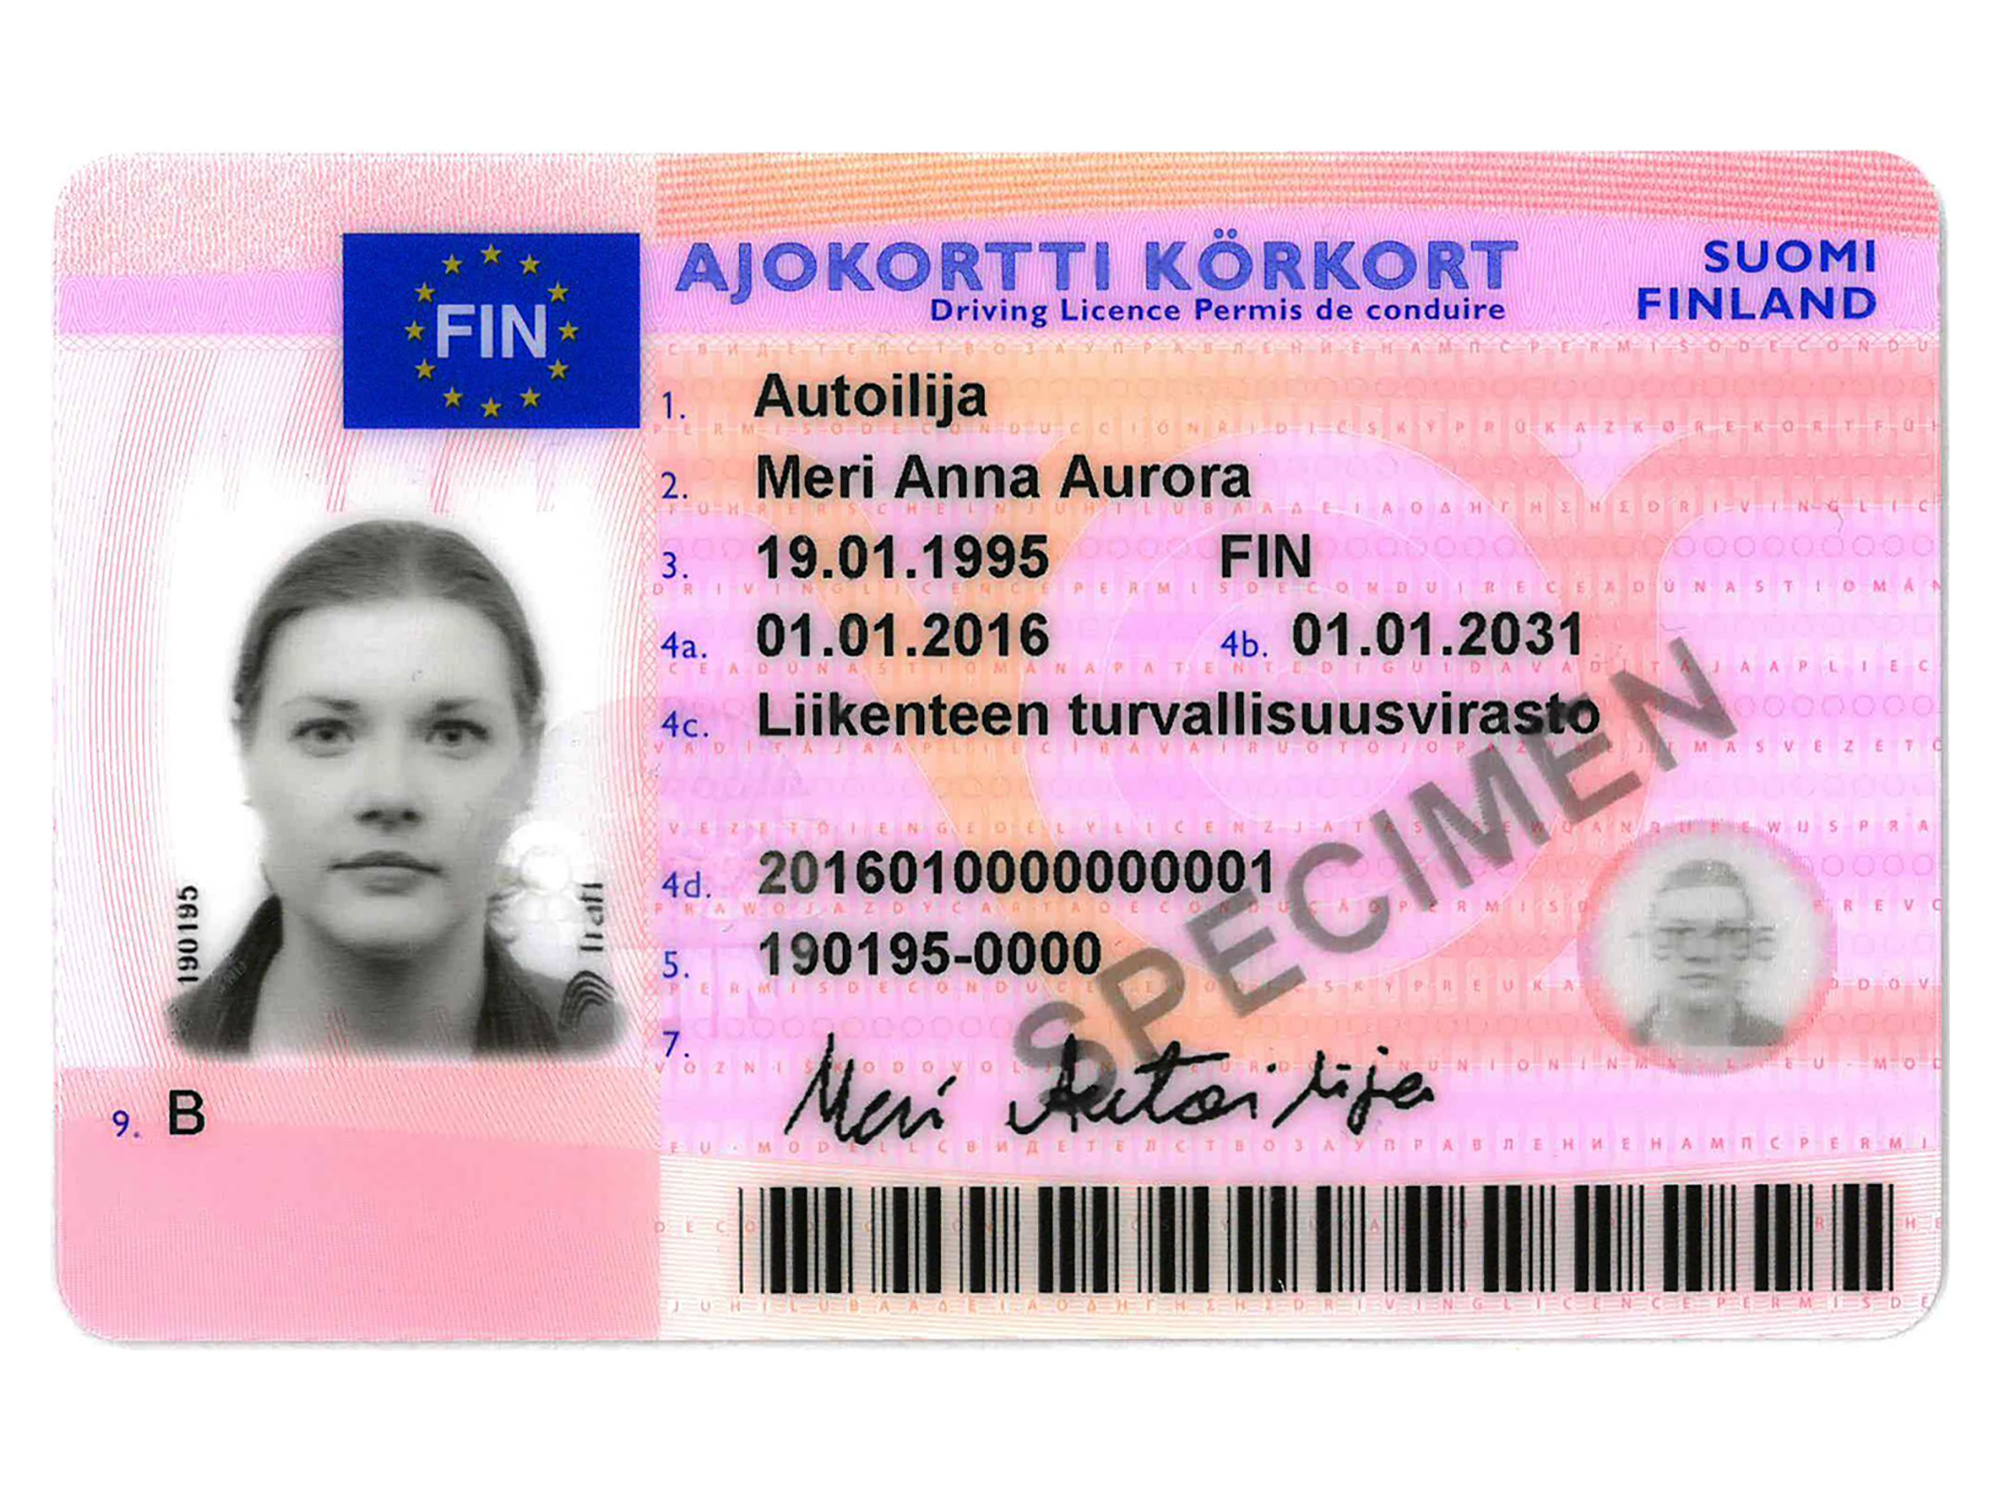
Language: fn